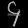
Digit: ၄